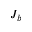
J _ { b }